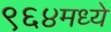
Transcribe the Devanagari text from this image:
९६४मध्ये